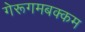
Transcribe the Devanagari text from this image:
गेरूगमबक्कम